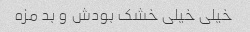
خیلی خیلی خشک بودش و بد مزه